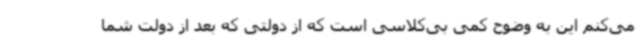
می‌کنم این به وضوح کمی بی‌کلاسی است که از دولتی که بعد از دولت شما